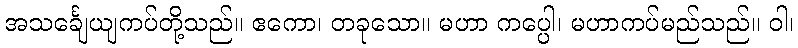
အသင်္ချေယျကပ်တို့သည်။ ဧကော၊ တခုသော။ မဟာ ကပ္ပေါ၊ မဟာကပ်မည်သည်။ ဝါ၊